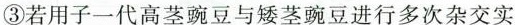
③若用子一代高茎豌豆与矮茎豌豆进行多次杂交实